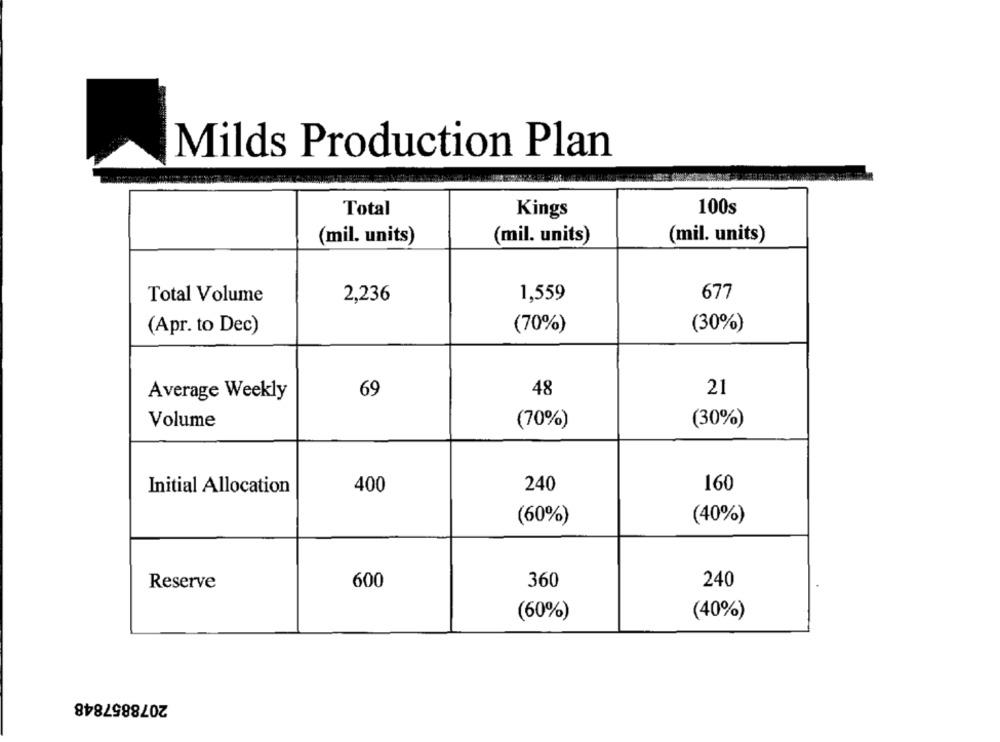
Milds Production Plan
Total
Kings
100s
(mil. units)
(mil. units)
(mil. units)
1,559
677
Total Volume
2,236
(30%)
(Apr. to Dec)
(70%)
69
48
21
Average Weekly
Volume
(70%)
(30%)
Initial Allocation
400
240
160
(60%)
(40%)
Reserve
600
360
240
(60%)
(40%)
2078857848